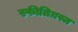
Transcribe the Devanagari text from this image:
स्फीतिग्रस्त